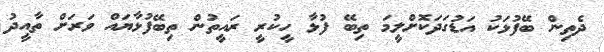
ދެތިން ބޭފުޅަކު އަޑުގަދަކޮށްލީމަ ތިބޭ ފުޅާ ހީކުރީ ރައީތުން ތިބޭފުޅާޔައް ވަރަށް ތާއީދު